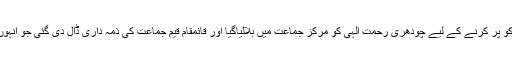
قیادت کے اس خلا کو پر کرنے کے لیے چودھری رحمت الٰہی کو مرکز جماعت میں بلالیاگیا اور قائمقام قیم جماعت کی ذمہ داری ڈال دی گئی جو انہوں نے بخوبی ادا کی ۔